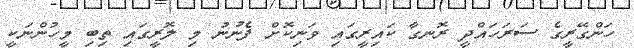
ހަންގޭރީގެ ސަރަހައްދީ ރޮނގާ ކައިރީގައި ވަނިކޮށް ފެނުނު މި ލޮރީގައި ތިބި މީހުންނަކީ